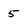
Character: 5